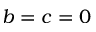
b = c = 0